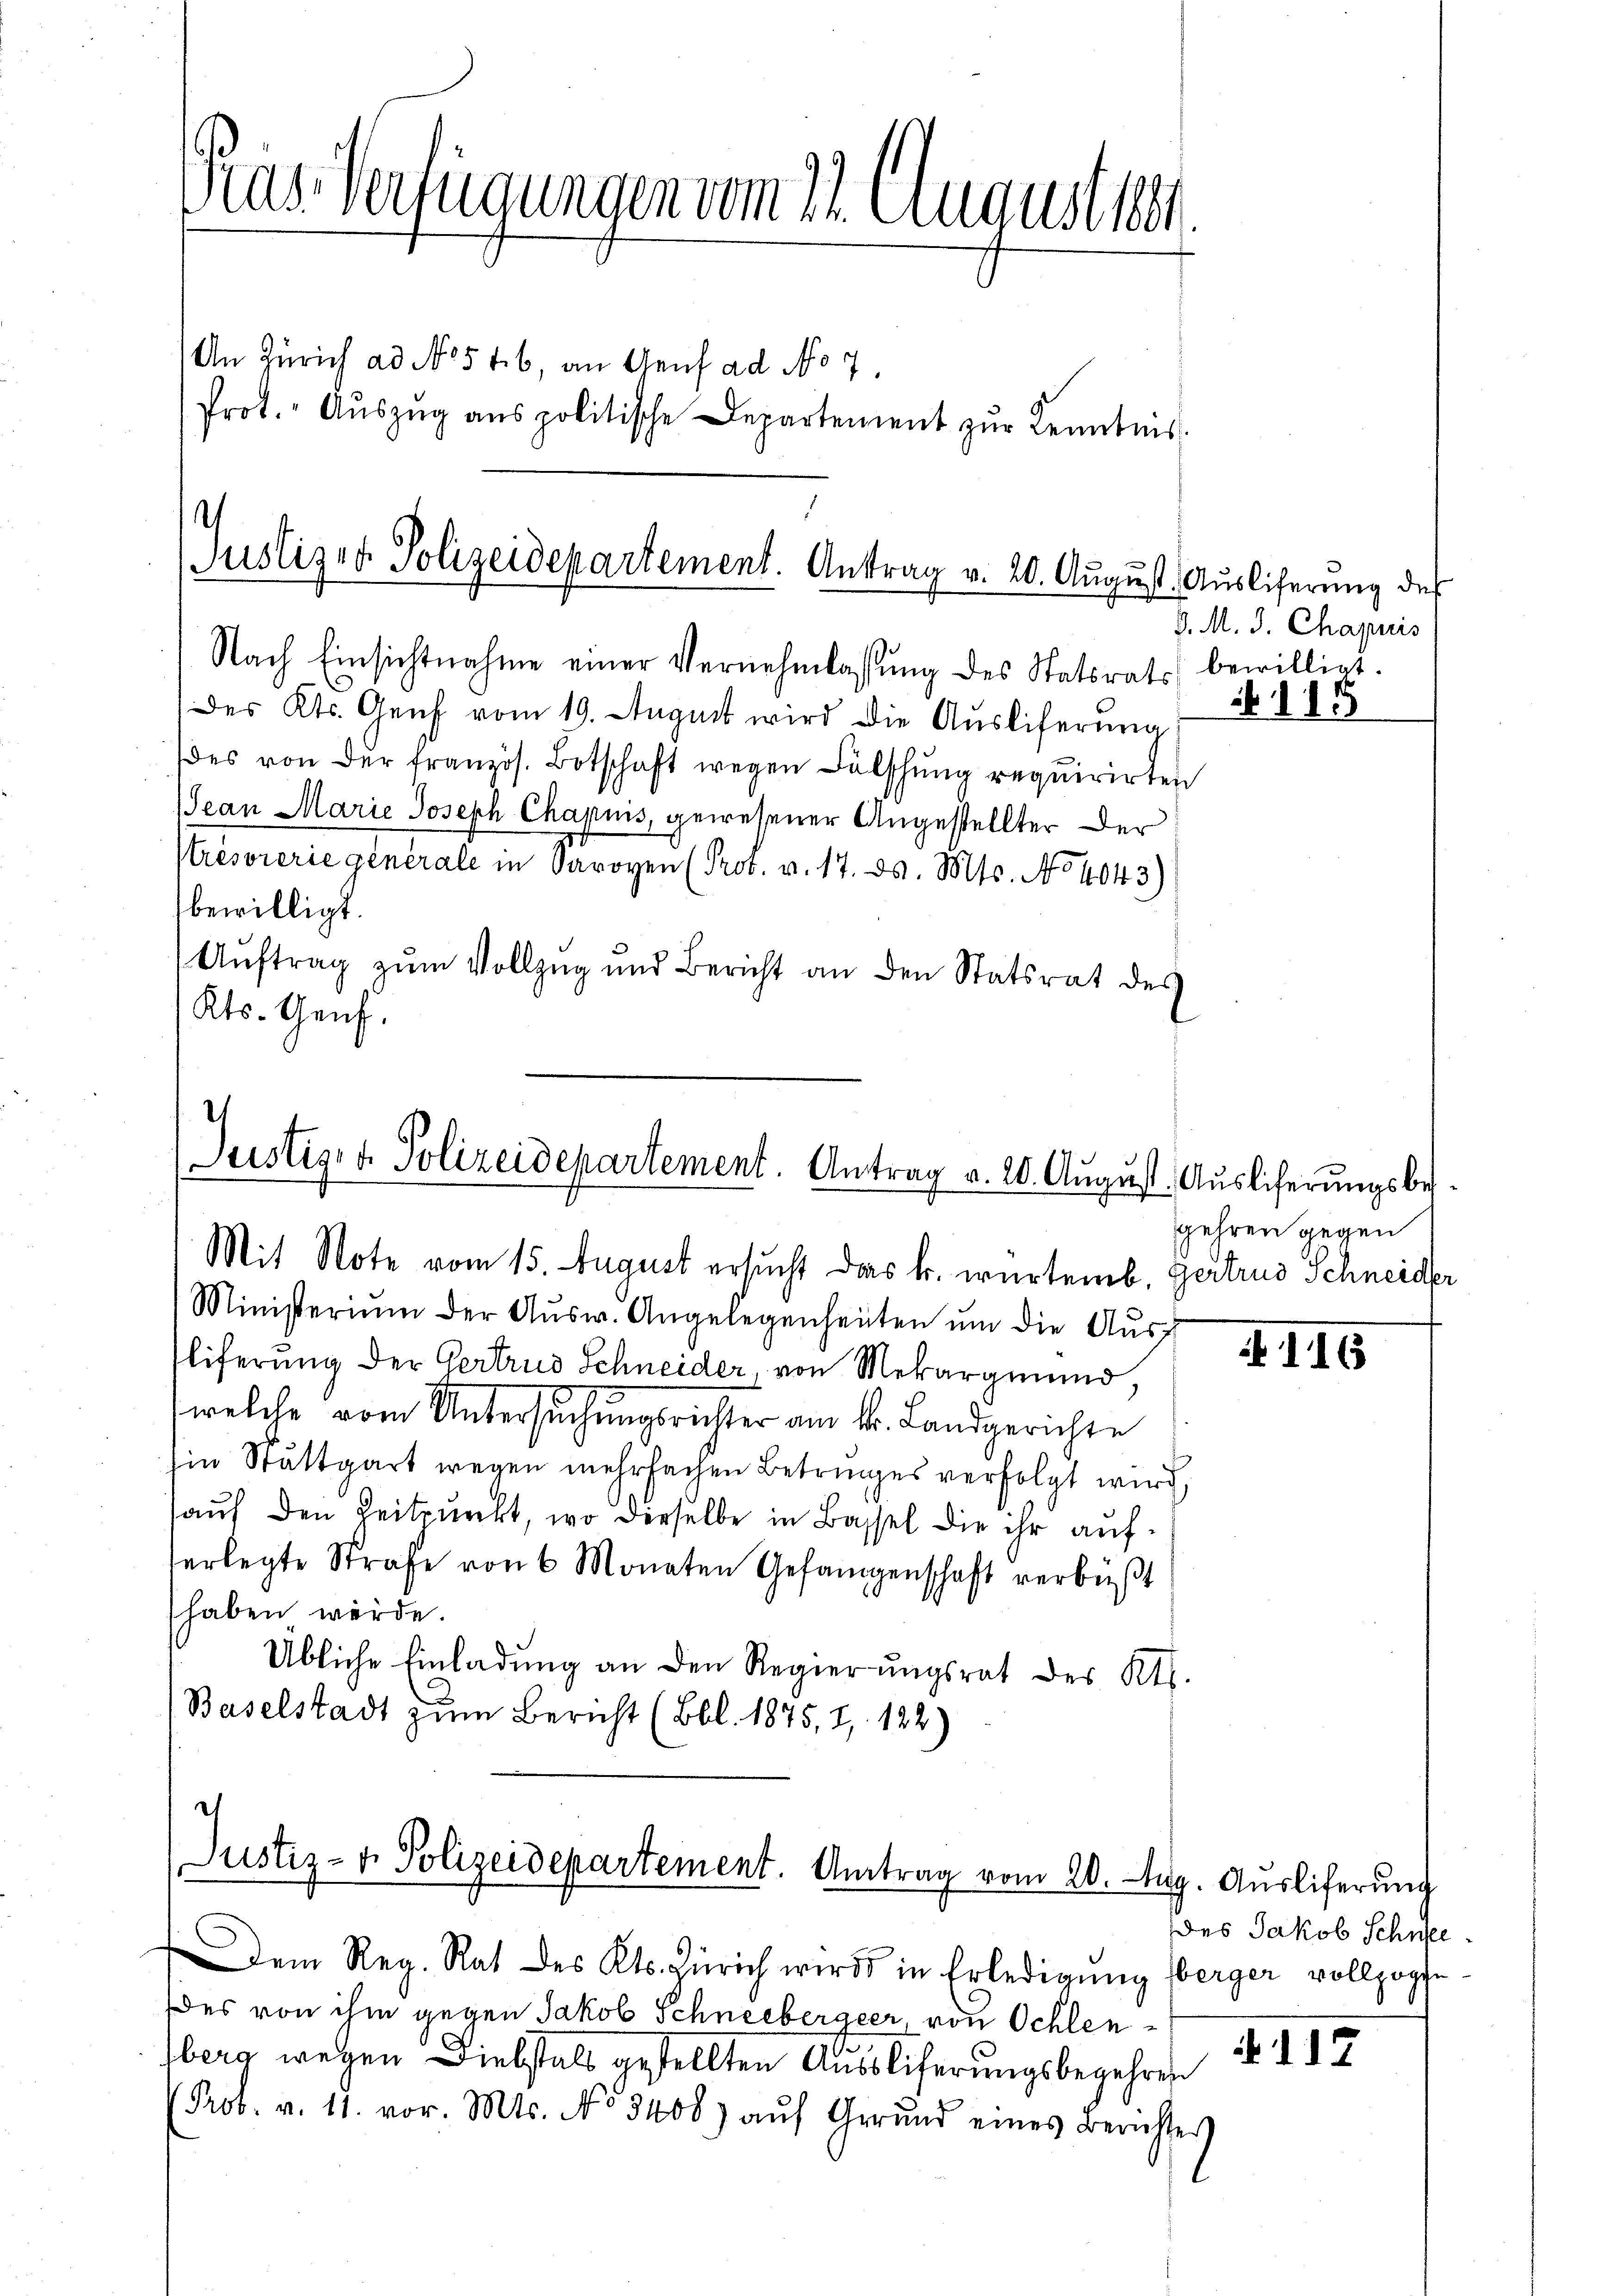
Gras Verfügungen vom 21. August 1891
An Zürich ad No 546, an Genf ad No 7
Prot. Aŭszŭg ans politische Departement zŭr Kenntnis

Justiz- & Polizeidepartement. Antrag v. 20. August. Aŭsliferŭng des

Nach Einsichtnahme einer Vernehmlassŭng des Statsrats bewilligt.
des Kts. Genf vom 19. August wird die Ausliferung
(des von der französ. Botschaft wegen Fälschung requirirten
Jean Marie Joseph Charuis, gewesener Angestellter der
trésoierie generale in Savoyen (Prof. v. 17. ds. Mts. No 1043)
bewilligt.
Aŭftrag zŭm Vollzug und Bericht an den Statsrat des
Kts. Genf.

)
Justiz- & Polizeidepartement. Antrag v. 20. August. Ausliferungsbes.
Mit Note vom 15. August ersucht das k. würtemb. Gertrud Schneider

Ministerium der Aŭsw. Angelegenheiten ŭm die Aŭsf
liferung der Gertrud Schneider, von Mekargmund,
welche vom Untersuchungsrichter am 4. Landgerichte
Ein Stattgart wegen mehrfachen Betringes verfolgt wird,
auf den Zeitpunkt, wo dieselbe in Bassel die ihr auferlegte Strafe von 6 Monaten Gefangenschaft verbüßt
haben würde.
Übliche Einladung an den Regierŭngsrat des Kts.
(Baselstadt zum Bericht (Bbl. 1875, 7, 122)

Justiz- u. Polizeidepartement. Antrag vom 20. Aug. Ausliferung

Dem Reg. Rat des Kts. Zürich wird in Erledigŭng berger vollzoge
des von ihm gegen Jakob Schneebergeer, von Schlenberg wegen Diebstals gestellten Ausbliferungsbegehren
Prob. v. 11. vor. Mts. No 3400) auf Grund eines Berichtes

d. M. J. Chapuis

115

gehren gegen

116

Des Jakob Schnee

112